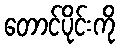
တောင်ပိုင်းကို